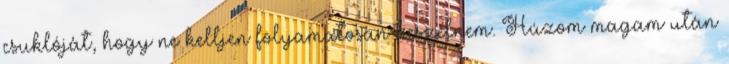
csuklóját, hogy ne kelljen folyamatosan beszélnem. Húzom magam után